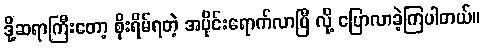
ဒို့ဆရာကြီးတော့ စိုးရိမ်ရတဲ့ အပိုင်းရောက်လာပြီ လို့ ပြောလာခဲ့ကြပါတယ်။